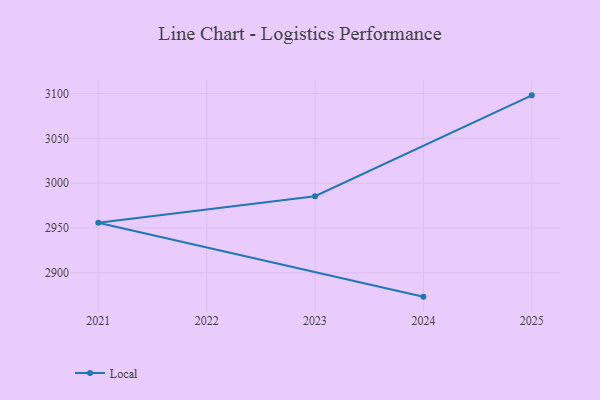
{"axis": {"x": "Year", "y": "Demand Index"}, "legend": ["Local"], "data": [{"x": "2025", "y": 3097.9, "type": "Local"}, {"x": "2023", "y": 2985.4, "type": "Local"}, {"x": "2021", "y": 2955.9, "type": "Local"}, {"x": "2024", "y": 2873.4, "type": "Local"}]}